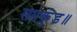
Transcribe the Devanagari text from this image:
सप्तकुंड॥